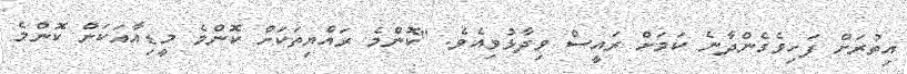
އިތުރަށް ފަހިވެގެންދާނެ ކަމަށް ރައީސް ވިދާޅުވިއެވެ. "ކޮންމެ ރައްޔިތަކަށް ކޮންމެ މީޑިއާއަކަށް ކޮންމެ